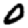
Digit: 0